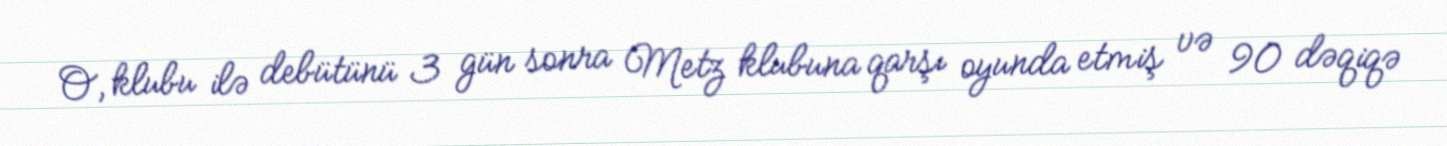
O, klubu ilə debütünü 3 gün sonra Metz klubuna qarşı oyunda etmiş və 90 dəqiqə